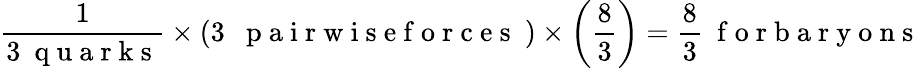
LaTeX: {\frac{1}{3\mathrm{~\ q~u~a~r~k~s~}}}\times\left(3\ \mathrm{~\ p~a~i~r~w~i~s~e~f~o~r~c~e~s~\ }\right)\times\left({\frac{8}{3}}\right)=\frac 83\mathrm{~\ f~o~r~b~a~r~y~o~n~s~}